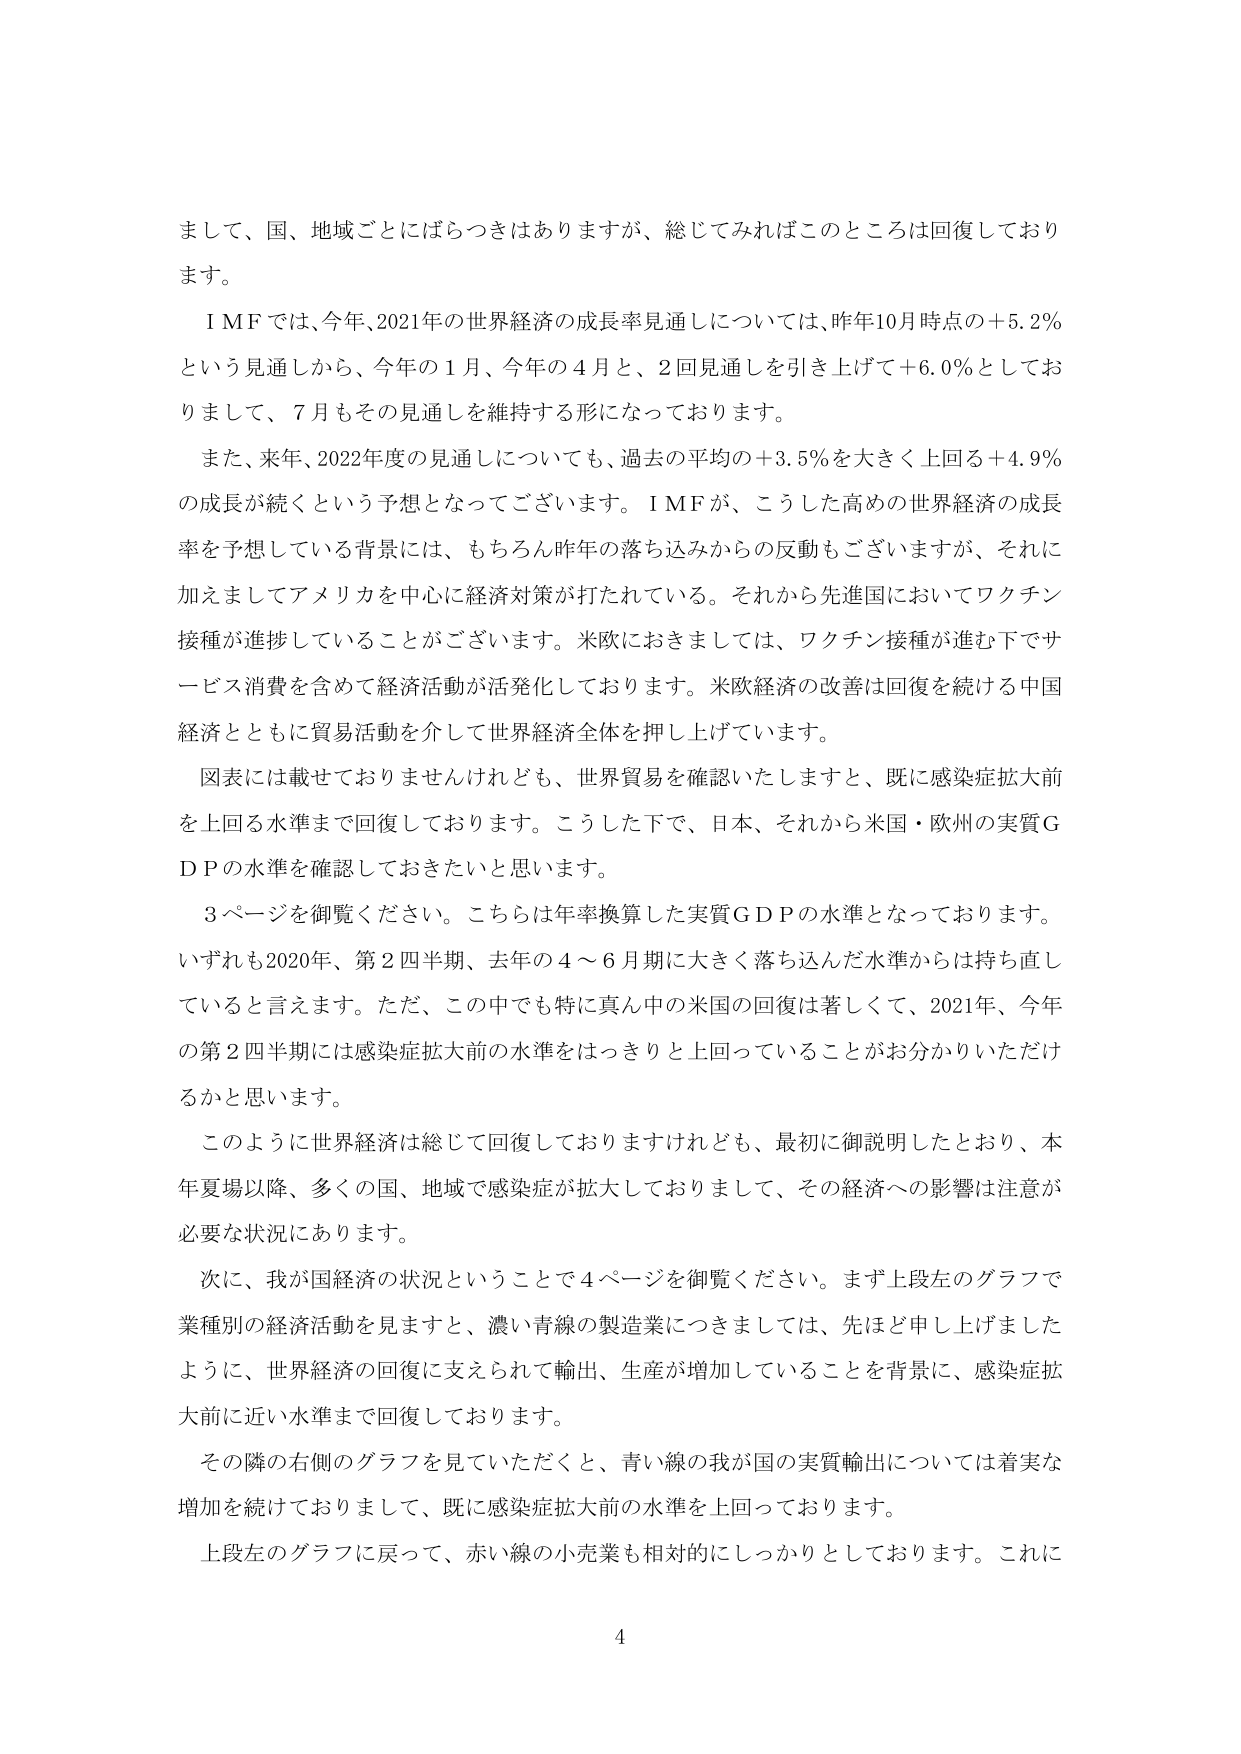
まして、国、地域ごとにばらつきはありますが、総じてみればこのところは回復しております。

ＩＭＦでは、今年、2021年の世界経済の成長率見通しについては、昨年10月時点の＋5.2％という見通しから、今年の１月、今年の４月と、２回見通しを引き上げて＋6.0％としておりまして、７月もその見通しを維持する形になっております。

また、来年、2022年度の見通しについても、過去の平均の＋3.5％を大きく上回る＋4.9％の成長が続くという予想となってございます。ＩＭＦが、こうした高めの世界経済の成長率を予想している背景には、もちろん昨年の落ち込みからの反動もございますが、それに加えましてアメリカを中心に経済対策が打たれている。それから先進国においてワクチン接種が進捗していることがございます。米欧におきましては、ワクチン接種が進む下でサービス消費を含めて経済活動が活発化しております。米欧経済の改善は回復を続ける中国経済とともに貿易活動を介して世界経済全体を押し上げています。

図表には載せておりませんけれども、世界貿易を確認いたしますと、既に感染症拡大前を上回る水準まで回復しております。こうした下で、日本、それから米国・欧州の実質ＧＤＰの水準を確認しておきたいと思います。

３ページを御覧ください。こちらは年率換算した実質ＧＤＰの水準となっております。いずれも2020年、第２四半期、去年の４～６月期に大きく落ち込んだ水準からは持ち直していると言えます。ただ、この中でも特に真ん中の米国の回復は著しくて、2021年、今年の第２四半期には感染症拡大前の水準をはっきりと上回っていることがお分かりいただけるかと思います。

このように世界経済は総じて回復しておりますけれども、最初に御説明したとおり、本年夏場以降、多くの国、地域で感染症が拡大しておりまして、その経済への影響は注意が必要な状況にあります。

次に、我が国経済の状況ということで４ページを御覧ください。まず上段左のグラフで業種別の経済活動を見ますと、濃い青線の製造業につきましては、先ほど申し上げましたように、世界経済の回復に支えられて輸出、生産が増加していることを背景に、感染症拡大前に近い水準まで回復しております。

その隣の右側のグラフを見ていただくと、青い線の我が国の実質輸出については着実な増加を続けておりまして、既に感染症拡大前の水準を上回っております。

上段左のグラフに戻って、赤い線の小売業も相対的にしっかりとしております。これに

4